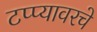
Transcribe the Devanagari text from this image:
टप्प्यावरचे